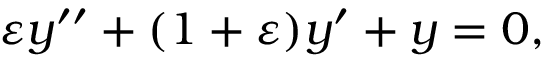
\varepsilon y ^ { \prime \prime } + ( 1 + \varepsilon ) y ^ { \prime } + y = 0 ,